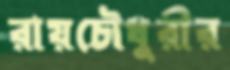
রায়চৌধুরীর